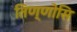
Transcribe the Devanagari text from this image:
तिण्णोसि